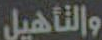
والتأهيل